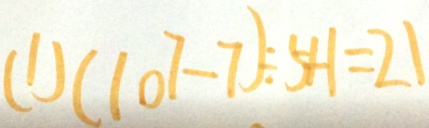
( 1 ) ( 1 0 7 - 7 ) \div 5 + 1 = 2 1